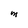
Character: M